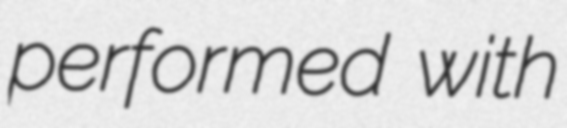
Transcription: performed with